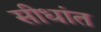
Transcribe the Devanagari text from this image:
सीधांत